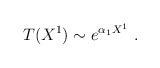
\begin{align*}T(X^1) \sim e^{\alpha_1 X^1}\ . \end{align*}